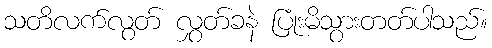
သတိလက်လွတ် လွှတ်ခနဲ ပြုံးမိသွားတတ်ပါသည်။